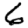
Digit: 6